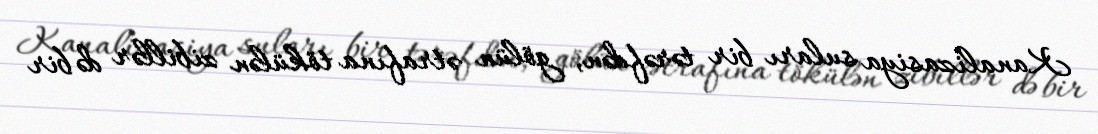
Kanalizasiya suları bir tərəfdən, gölün ətrafına tökülən zibillər də bir